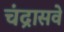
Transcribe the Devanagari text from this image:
चंद्रासवे